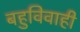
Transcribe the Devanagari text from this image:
बहुविवाही